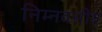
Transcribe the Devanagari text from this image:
निम्नवसीय